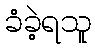
ခံခဲ့ရသူ